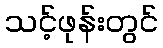
သင့်ဖုန်းတွင်